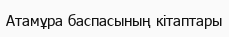
Атамұра баспасының кітаптары